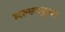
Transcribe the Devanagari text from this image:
मल्खाकुवर